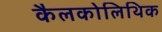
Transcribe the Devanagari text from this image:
कैलकोलिथिक